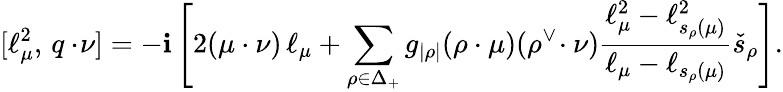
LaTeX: [\ell_{\mu}^{2},\, q\cdot\! \nu]=-\mathbf{i}\left[2(\mu\cdot\nu)\, \ell_{\mu}+\sum_{\rho\in\Delta_{+}}g_{|\rho|}(\rho\cdot\mu)(\rho^{\vee}\! \cdot\nu)\frac{{\ell_{\mu}^{2}-\ell_{s_{\rho}(\mu)}^{2}}}{{\ell_{\mu}-\ell_{s_{\rho}(\mu)}}}\check{{s}}_{\rho}\right].